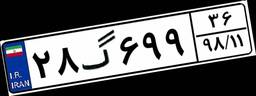
۲۸گ۶۹۹۳۶